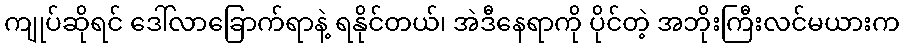
ကျုပ်ဆိုရင် ဒေါ်လာခြောက်ရာနဲ့ ရနိုင်တယ်၊ အဲဒီနေရာကို ပိုင်တဲ့ အဘိုးကြီးလင်မယားက